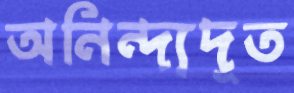
অনিন্দ্যদূত